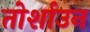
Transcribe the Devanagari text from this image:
तोर्शाउन